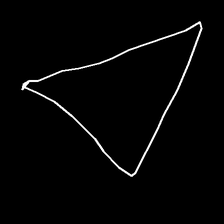
Glyph: convergence